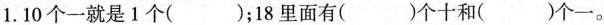
1.10个一就是1个( ) ；18里面有( )个十和( ) 个一。